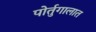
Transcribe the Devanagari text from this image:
पोर्तुगालात